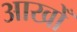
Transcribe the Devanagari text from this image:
आखोँ